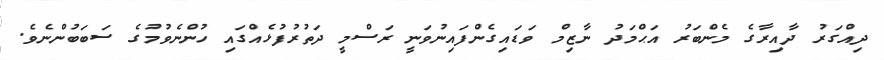
ދިއްގަރު ދާއިރާގެ މެންބަރު އަޙްމަދު ނާޒިމް ވަޑައިގެންފައިނުވަނީ ރަސްމީ ދަތުރުފުޅެއްގައި ހުންނެވުމުގެ ސަބަބުންނެވެ.